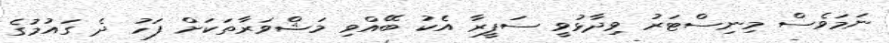
ނަމަވެސް މިނިސްޓަރު ވިދާޅުވީ ސަފީރާ އެކު ބޭއްވި މަޝްވަރާތަކަށް ފަހު ދެ ގައުމުގެ